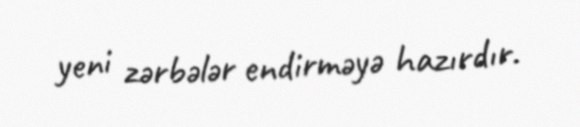
yeni zərbələr endirməyə hazırdır.